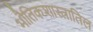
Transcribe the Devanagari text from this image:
भौतिकशास्त्रातिल